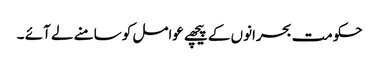
حکومت بحرانوں کے پیچھے عوامل کو سامنے لے آئے ۔